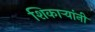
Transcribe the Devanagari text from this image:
शिकार्‍यांनी